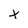
Character: t